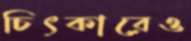
চিৎকারেও